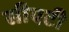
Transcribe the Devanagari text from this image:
सीएटी